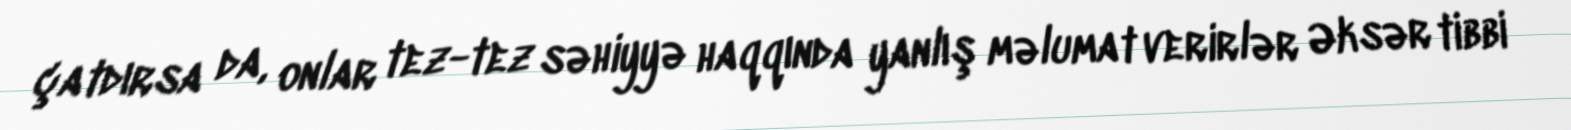
çatdırsa da, onlar tez-tez səhiyyə haqqında yanlış məlumat verirlər Əksər tibbi